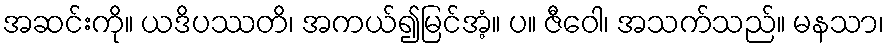
အဆင်းကို။ ယဒိပဿတိ၊ အကယ်၍မြင်အံ့။ ပ။ ဇီဝေါ၊ အသက်သည်။ မနသာ၊